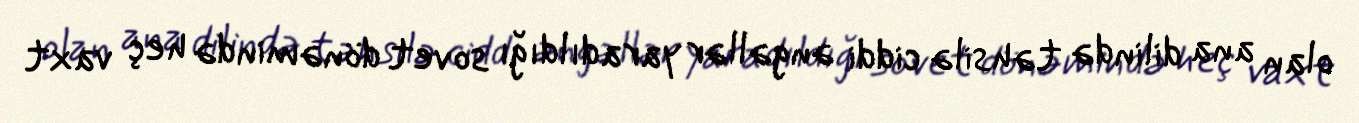
olan ana dilində təhsilə ciddi əngəllər yaradıldığı sovet dönəmində heç vaxt